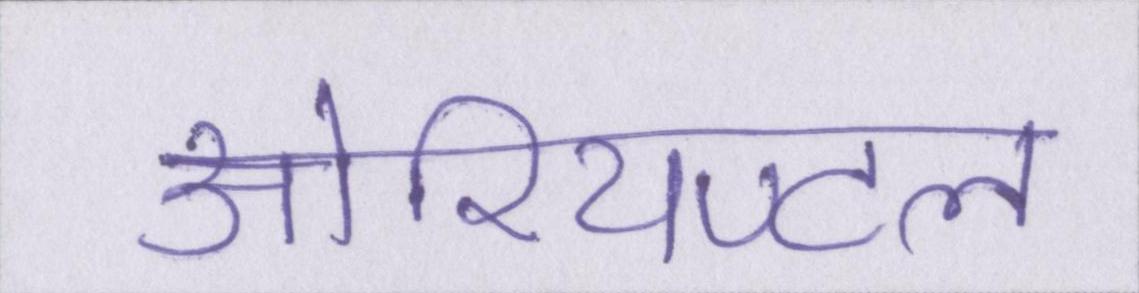
ओरियण्टल